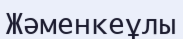
Жәменкеұлы